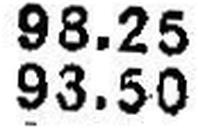
93.50